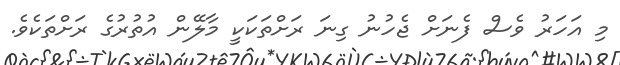
މި އަހަރު ވެސް ފެނަށް ޖެހުނު ގިނަ ރަށްތަކަކީ މާލޭން އުތުރުގެ ރަށްތަކެވެ.